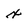
Character: x